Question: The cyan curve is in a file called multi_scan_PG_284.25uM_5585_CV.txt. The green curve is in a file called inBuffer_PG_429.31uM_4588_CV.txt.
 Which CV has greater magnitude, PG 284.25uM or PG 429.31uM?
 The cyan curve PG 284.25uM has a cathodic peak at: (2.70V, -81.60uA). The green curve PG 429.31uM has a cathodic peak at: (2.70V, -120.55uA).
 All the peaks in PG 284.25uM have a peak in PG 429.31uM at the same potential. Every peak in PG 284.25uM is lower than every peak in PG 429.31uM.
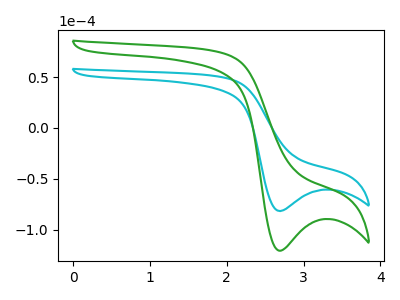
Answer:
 <answer>"PG 284.25uM" has less signal than "PG 429.31uM".</answer>
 <eval>less_signal</eval>